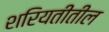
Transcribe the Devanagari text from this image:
शरियतीतील